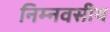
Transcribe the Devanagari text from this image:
निम्नवसीय